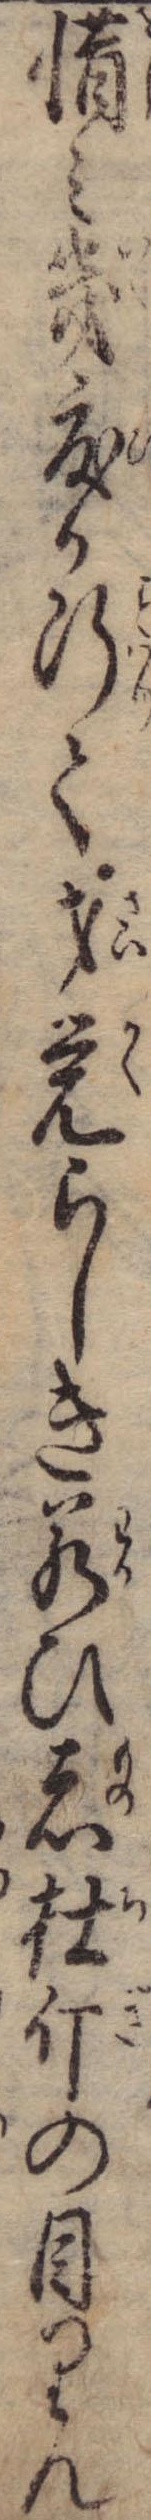
惜み幾度か断て才覚らしき若ひ者杜斤の目りん